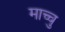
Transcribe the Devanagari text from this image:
माच्चु